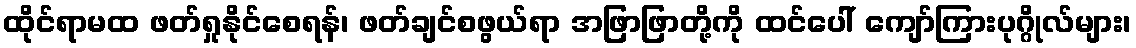
ထိုင်ရာမထ ဖတ်ရှုနိုင်စေရန်၊ ဖတ်ချင်စဖွယ်ရာ အဖြာဖြာတို့ကို ထင်ပေါ် ကျော်ကြားပုဂ္ဂိုလ်များ၊